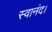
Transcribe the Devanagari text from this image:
स्वानंद।